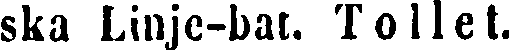
ska Linje-bat. T o l l e t.